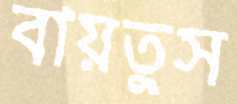
বায়তুস